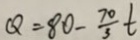
Q = 8 0 - \frac { 7 0 } { 3 } t